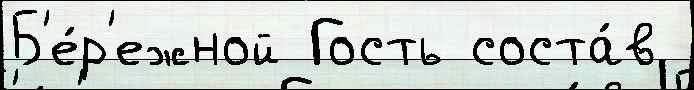
Б'е́р'ежной Гость соста́в